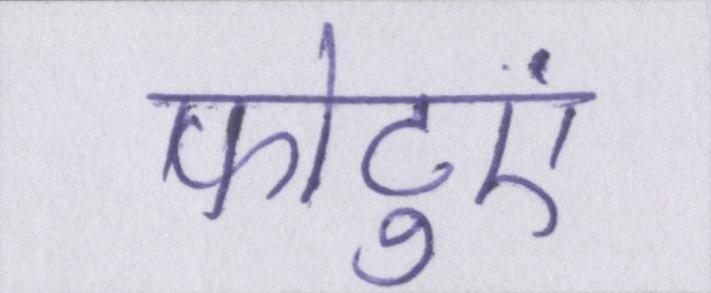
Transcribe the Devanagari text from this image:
फोटुएं